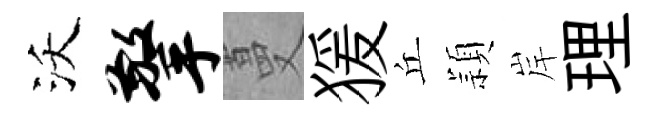
沃擎蔓猨丘頴岸理